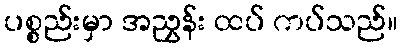
ပစ္စည်းမှာ အညွှန်း ထပ် ကပ်သည်။